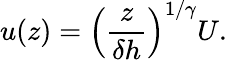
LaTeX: u(z)=\left(\frac{z}{\delta h}\right)^{1/\gamma}U.